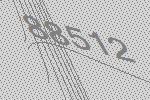
88512